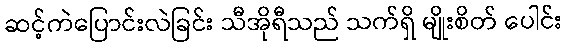
ဆင့်ကဲပြောင်းလဲခြင်း သီအိုရီသည် သက်ရှိ မျိုးစိတ် ပေါင်း